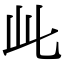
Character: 𬼘